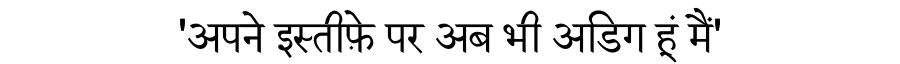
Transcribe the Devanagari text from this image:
'अपने इस्तीफ़े पर अब भी अडिग हूं मैं'